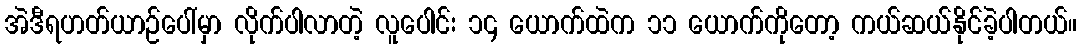
အဲဒီရဟတ်ယာဉ်ပေါ်မှာ လိုက်ပါလာတဲ့ လူပေါင်း ၁၄ ယောက်ထဲက ၁၁ ယောက်ကိုတော့ ကယ်ဆယ်နိုင်ခဲ့ပါတယ်။